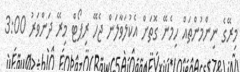
މިރޭގެ ނިންމުންތައް ހިމެނޭ ގޮތަށް އެކުލަވާލަން ޖެހޭ ރިޕޯޓް މިރޭ ދަންވަރު 3:00